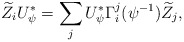
\begin{align*}\widetilde{Z}_i U_{\psi}^{\ast} &= \sum_{j} U_{\psi}^{\ast} \Gamma_{i}^j(\psi^{-1})\widetilde{Z}_j ,\end{align*}